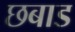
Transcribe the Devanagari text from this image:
छबाड